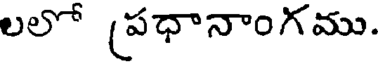
లలో (పధానాంగము.